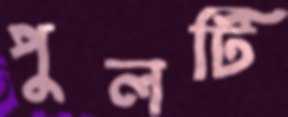
পুলটি